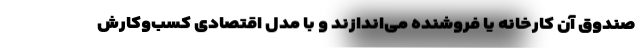
صندوق آن کارخانه یا فروشنده می‌اندازند و با مدل اقتصادیِ کسب‌وکارش